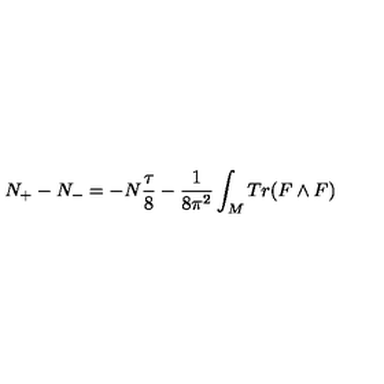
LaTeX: N _ { + } - N _ { - } = - N { \frac { \tau } { 8 } } - { \frac { 1 } { 8 \pi ^ { 2 } } } \int _ { M } T r ( F \wedge F )